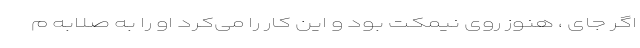
اگر جای ، هنوز روی نیمکت بود و این کار را می‌کرد او را به صلابه م